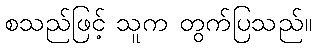
စသည်ဖြင့် သူက တွက်ပြသည်။